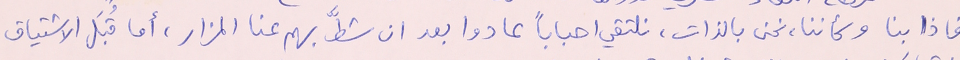
فاذا بنا وكأننا، نحن بالذات، نلتقي احباباً عادوا بعد ان شطَّ بهم عنا المزار، أما قُبَل الاشتياق